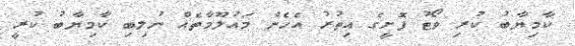
ކާމިޔާބު ކުރި ވޯޓު ފޮށީގެ އިތުރު އެހެން މައުލޫމާތެއް ނުލިބި ކާމިޔާބު ކުރީ